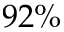
9 2 \%